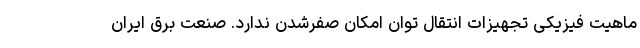
ماهیت فیزیکی تجهیزات انتقال توان امکان صفرشدن ندارد. صنعت برق ایران